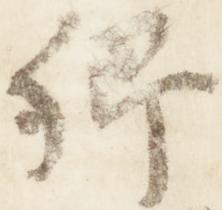
卿